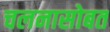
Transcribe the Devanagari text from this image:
चलनासोबत